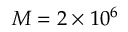
M = 2 \times 1 0 ^ { 6 }